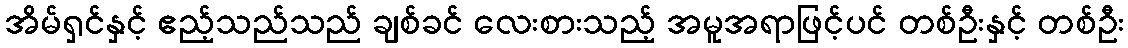
အိမ်ရှင်နှင့် ဧည့်သည်သည် ချစ်ခင် လေးစားသည့် အမူအရာဖြင့်ပင် တစ်ဦးနှင့် တစ်ဦး